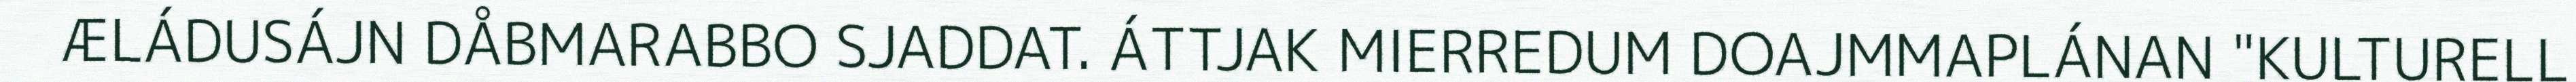
ÆLÁDUSÁJN DÅBMARABBO SJADDAT. ÁTTJAK MIERREDUM DOAJMMAPLÁNAN "KULTURELL